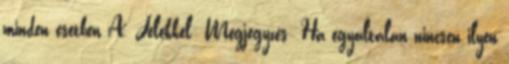
minden esetben A. Jelekkel: Megjegyzés: Ha egyáltalán nincsen ilyen